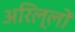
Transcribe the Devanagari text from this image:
अरिल्लों